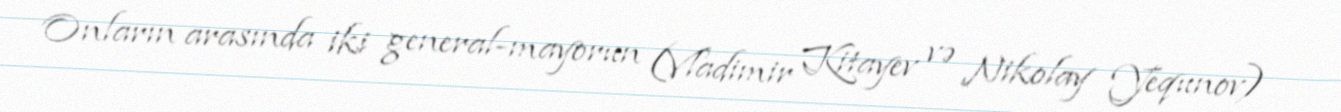
Onların arasında iki general-mayorun (Vladimir Kitayev və Nikolay Yequnov)